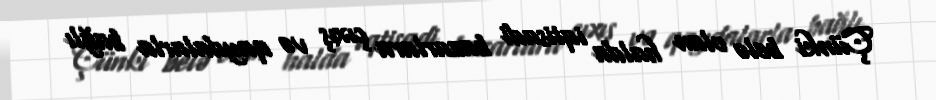
Çünki belə olan halda iqtisadi bazarlara çıxış və qaydalarla bağlı